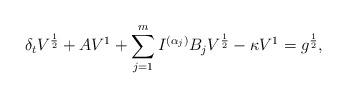
LaTeX: \begin{align*} \delta_tV^{\frac{1}{2}} + AV^{1} &+ \sum\limits_{j=1}^m I^{(\alpha_j)} B_jV^{\frac{1}{2}} - \kappa V^{1} = g^{\frac{1}{2}}, \end{align*}